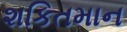
શકિતમાન